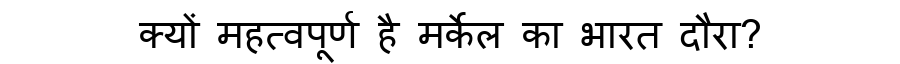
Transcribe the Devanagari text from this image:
क्यों महत्वपूर्ण है मर्केल का भारत दौरा?